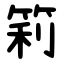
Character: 筣